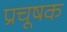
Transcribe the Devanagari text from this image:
प्रचूषक